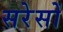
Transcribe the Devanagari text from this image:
सरेसों